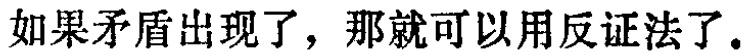
如果矛盾出现了，那就可以用反证法了。